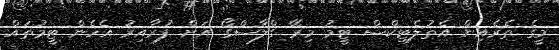
މީގެ ތެރެއިން އެތުލެޓިކްސް ޓީމު މިރޭ ގްލާސްގޯ އަށް ފުރާއިރު އެހެން ޓީމުތައް